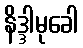
နိဒ္ဒါမုခေါ